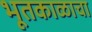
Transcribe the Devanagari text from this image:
भूतकाळाचा